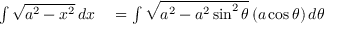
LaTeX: \begin{array} { r l } { \int { \sqrt { a ^ { 2 } - x ^ { 2 } } } \, d x } & { { } = \int { \sqrt { a ^ { 2 } - a ^ { 2 } \sin ^ { 2 } \theta } } \, ( a \cos \theta ) \, d \theta } \end{array}